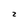
Character: z